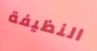
النظيفة